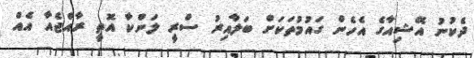
ދެކުނު އޭޝިއާގެ އެހެން ގައުމުތަކަށް ބަލާއިރު ސްރީ ލަންކާ އޮތީ ރާއްޖެއާ އެއް